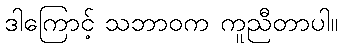
ဒါကြောင့် သဘာဝက ကူညီတာပါ။